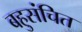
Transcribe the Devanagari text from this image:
बहुसंचित